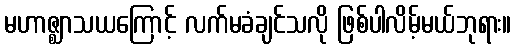
မဟာဇ္ဈာသယကြောင့် လက်မခံချင်သလို ဖြစ်ပါလိမ့်မယ်ဘုရား။